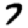
Digit: 7